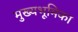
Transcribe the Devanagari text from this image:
मुख्यभूमिका